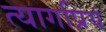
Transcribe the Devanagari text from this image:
त्यागप्रियं